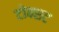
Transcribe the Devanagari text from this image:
टोक्सट